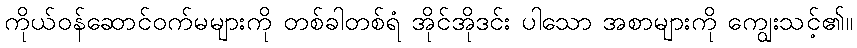
ကိုယ်ဝန်ဆောင်ဝက်မများကို တစ်ခါတစ်ရံ အိုင်အိုဒင်း ပါသော အစာများကို ကျွေးသင့်၏။